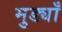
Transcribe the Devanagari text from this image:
मुड्याँ